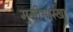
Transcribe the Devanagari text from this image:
मुलीसारखा